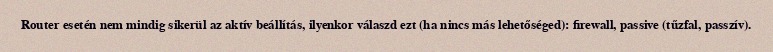
Router esetén nem mindig sikerül az aktív beállítás, ilyenkor válaszd ezt (ha nincs más lehetőséged): firewall, passive (tűzfal, passzív).